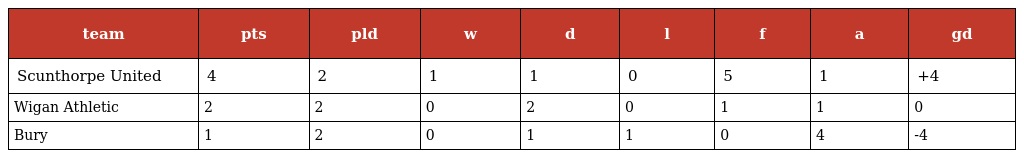
| team | pts | pld | w | d | l | f | a | gd |
 | --- | --- | --- | --- | --- | --- | --- | --- | --- |
 | Scunthorpe United | 4 | 2 | 1 | 1 | 0 | 5 | 1 | +4 |
 | Wigan Athletic | 2 | 2 | 0 | 2 | 0 | 1 | 1 | 0 |
 | Bury | 1 | 2 | 0 | 1 | 1 | 0 | 4 | -4 |